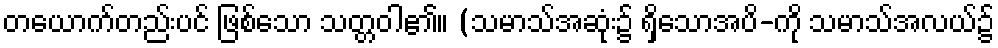
တယောက်တည်းပင် ဖြစ်သော သတ္တဝါ၏။ (သမာသ်အဆုံး၌ ရှိသောအပိ-ကို သမာသ်အလယ်၌